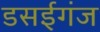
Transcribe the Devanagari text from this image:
डसईगंज